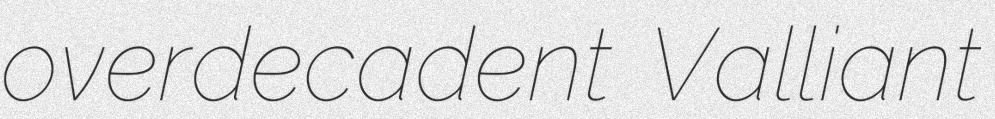
overdecadent Valliant